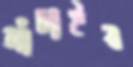
আঁচাইব